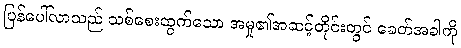
ပြန်ပေါ်လာသည် သစ်စေးထွက်သော အမှု၏အဆင့်တိုင်းတွင် ခေတ်အခါကို